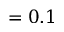
= 0 . 1